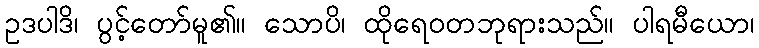
ဥဒပါဒိ၊ ပွင့်တော်မူ၏။ သောပိ၊ ထိုရေဝတဘုရားသည်။ ပါရမီယော၊